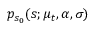
p _ { s _ { 0 } } ( s ; \mu _ { t } , \alpha , \sigma )